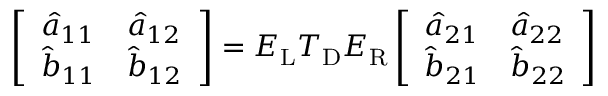
\left[ \begin{array} { l l } { \hat { a } _ { 1 1 } } & { \hat { a } _ { 1 2 } } \\ { \hat { b } _ { 1 1 } } & { \hat { b } _ { 1 2 } } \end{array} \right] = \boldsymbol { E } _ { \mathrm { L } } \boldsymbol { T } _ { \mathrm { D } } \boldsymbol { E } _ { \mathrm { R } } \left[ \begin{array} { l l } { \hat { a } _ { 2 1 } } & { \hat { a } _ { 2 2 } } \\ { \hat { b } _ { 2 1 } } & { \hat { b } _ { 2 2 } } \end{array} \right]